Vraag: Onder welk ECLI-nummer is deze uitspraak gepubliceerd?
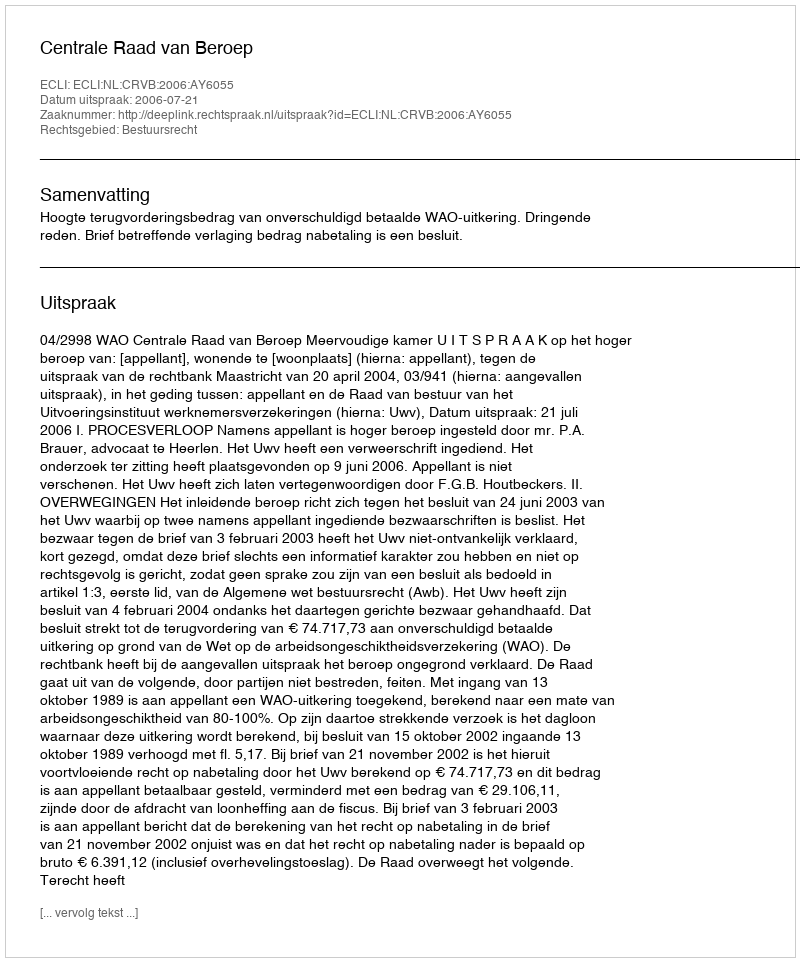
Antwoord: ECLI:NL:CRVB:2006:AY6055